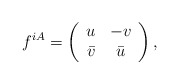
\begin{align*}f^{iA} = \left(\begin{array}{cc} u & -v \\ \bar v & \bar u \end{array} \right),\end{align*}